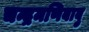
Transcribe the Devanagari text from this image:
चन्द्रमणिबाबु